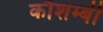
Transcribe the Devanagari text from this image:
कौशम्बी